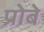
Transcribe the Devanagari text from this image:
प्रोबे